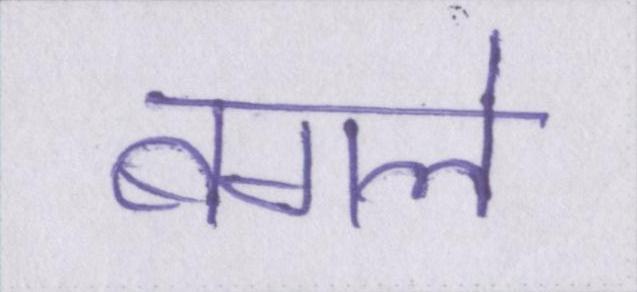
बगले